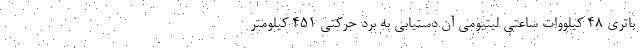
باتری 48 کیلووات ساعتی لیتیومی آن دستیابی به برد حرکتی 451 کیلومتر